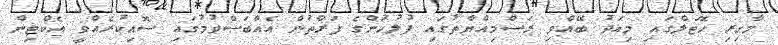
މާގިރި ހޮޓަލްގައި މިއަދު ބޭއްވި ރަސްމިއްޔާތުގައި ފުލުހުންގެ ފަރާތުން އެއްބަސްވުމުގައި ސޮއިކުރެއްވީ އެކްޓިން